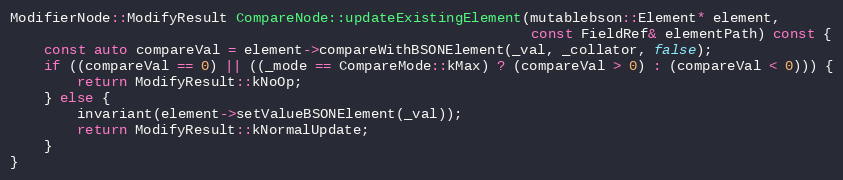
Language: C++
ModifierNode::ModifyResult CompareNode::updateExistingElement(mutablebson::Element* element,
                                                              const FieldRef& elementPath) const {
    const auto compareVal = element->compareWithBSONElement(_val, _collator, false);
    if ((compareVal == 0) || ((_mode == CompareMode::kMax) ? (compareVal > 0) : (compareVal < 0))) {
        return ModifyResult::kNoOp;
    } else {
        invariant(element->setValueBSONElement(_val));
        return ModifyResult::kNormalUpdate;
    }
}